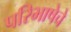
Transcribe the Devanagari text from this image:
परिभाषेचे